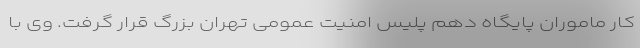
کار ماموران پایگاه دهم پلیس امنیت عمومی تهران بزرگ قرار گرفت. وی با